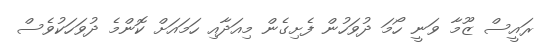
ރައީސް ޒޫމާ ވަނީ ހޯމަ ދުވަހުން ފެށިގެން މިއަދާއި ހަމައަށް ކޮންމެ ދުވަހަކުވެސް